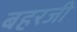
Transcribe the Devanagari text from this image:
बहरजी